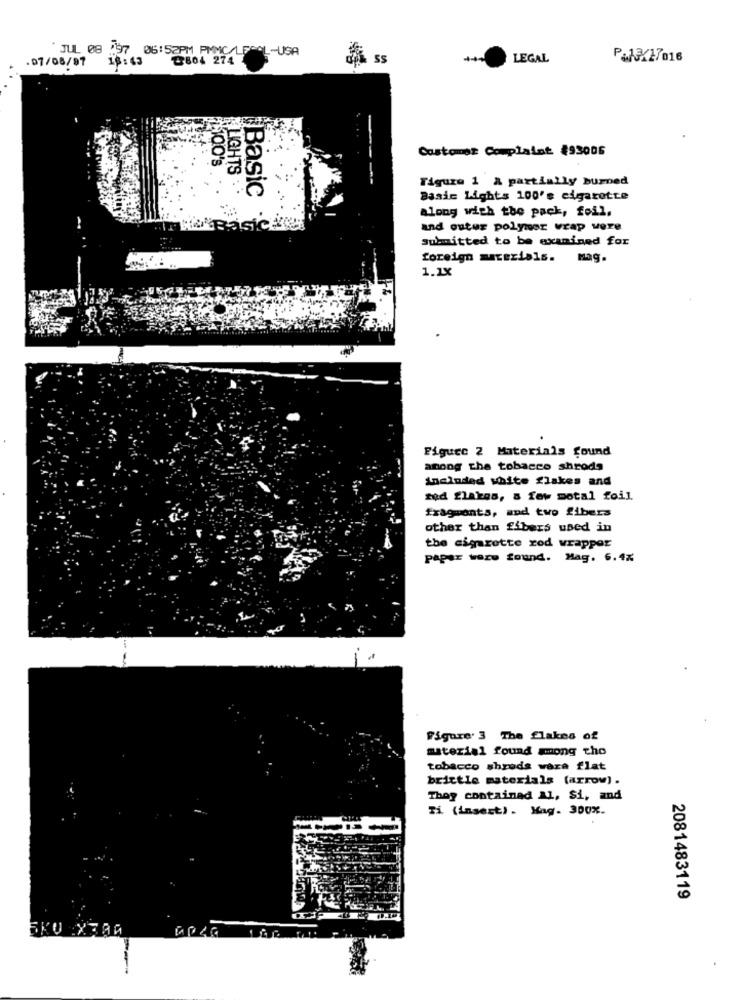
JUL 08 .97
06:52PM PMMC/LEGAL-USA
.07/08/97
18: 43
@804 274
& ss
LEGAL
P&1X27016
Costomer Complaint #93006
1100's
Figura 1 & partially burned
LIGHTS . .
Basic
Basic Lights 100's cigarette
along with the pack, foil.
and outer polymer wrap were
submitted to be examined for
foreign materials. mag.
1.1X
Figure 2 Materials found
among the tobacco shrods
Included white flakes and
fod flakes, a few motal foil
fragments, and two fibers
other than fibers used in
the cigarette rod wrapper
paper were found. Mag. 6.4%
Figure 3 The flakes of
material found among tho
tobacco shreds vara flat
brittle materials (arrow).
They containad Al, Si, and
Ti (insert). Mag. 300%.
2081483119
SKU